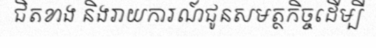
ជិតខាង និងរាយការណ៍ជូនសមត្ថកិច្ចដើម្បី